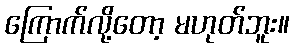
ကြောက်လို့တော့ မဟုတ်ဘူး။